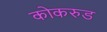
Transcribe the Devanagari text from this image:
कोकरुड